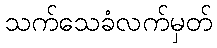
သက်သေခံလက်မှတ်